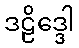
ဒဠိဒ္ဒေါ